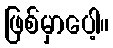
ဖြစ်မှာပေါ့။